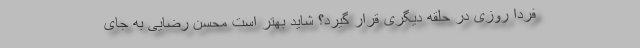
فردا روزی در حلقه دیگری قرار گیرد؟ شاید بهتر است محسن رضایی به جای